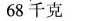
68 千克